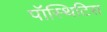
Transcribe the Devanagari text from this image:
पॉस्थिटिस